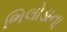
ભિલોડાના